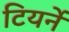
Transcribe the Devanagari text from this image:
टियर्ने